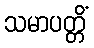
သမာပတ္တိံ